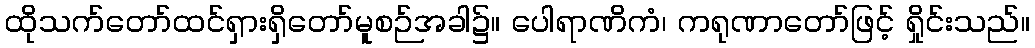
ထိုသက်တော်ထင်ရှားရှိတော်မူစဉ်အခါ၌။ ပေါရာဏိကံ၊ ကရုဏာတော်ဖြင့် ရှိုင်းသည်။